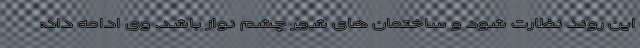
این روند نظارت شود و ساختمان های شهر چشم نواز باشد. وی ادامه داد: